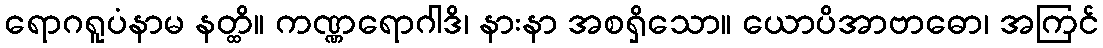
ရောဂရူပံနာမ နတ္ထိ။ ကဏ္ဏရောဂါဒိ၊ နားနာ အစရှိသော။ ယောပိအာဗာဓော၊ အကြင်